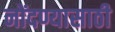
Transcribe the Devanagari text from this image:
नोंदण्यासाठी